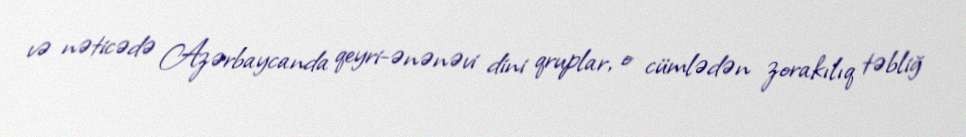
və nəticədə Azərbaycanda qeyri-ənənəvi dini qruplar, o cümlədən zorakılıq təbliğ